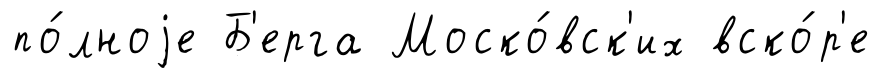
по́лноjе Б'ерга Моско́вск'их вско́р'е